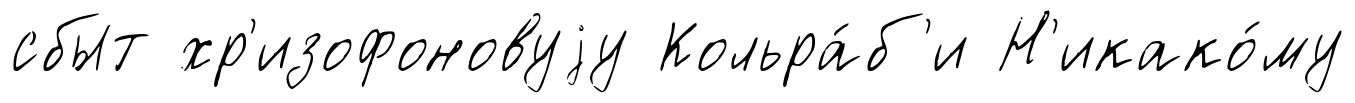
сбыт хр'изофоновуjу Кольра́б'и Н'икако́му